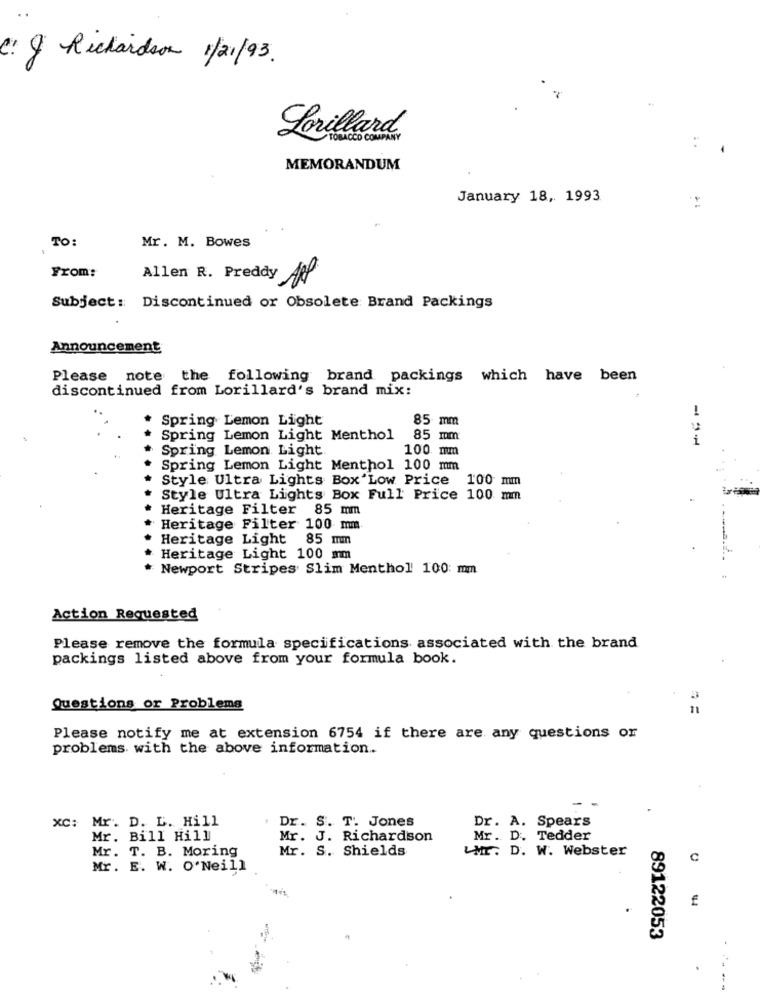
C: & Richardson 1/21/93.
Lorillard
TOBACCO COMPANY
MEMORANDUM
January 18, 1993
TO:
Mr. M. Bowes
From:
Allen R. Preddy
·ARP
Subject: Discontinued or Obsolete Brand Packings
Announcement
Please note the following brand packings which have been
discontinued from Lorillard's brand mix:
Spring Lemon Light
85 mm
Spring Lemon Light Menthol
85 mm
---
Spring Lemon Light
100 mm
Spring Lemon Light Menthol 100 mm
Style Ultra Lights Box'Low Price 100 mm
Style Ultra Lights Box Full Price 100 mm
Heritage Filter 85 mm
Heritage Filter 100 mm
Heritage Light 85 mm
Heritage Light 100 mm
Newport Stripes Slim Menthol 100: mm
Action Requested
Please remove the formula specifications associated with the brand
packings listed above from your formula book.
Questions or Problems
Please notify me at extension 6754 if there are any questions or
problems with the above information.
xc: Mr. D. L. Hill
Dr. S. T. Jones
Dr. A. Spears
Mr. Bill Hill
Mr. J. Richardson
Mr. D. Tedder
Mr. T. B. Moring
Mr. S. Shields
LMr. D. W. Webster
C
Mr. E. W. O'Neill
89122053
---